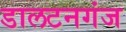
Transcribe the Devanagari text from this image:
डालटनगंज